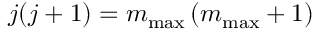
j ( j + 1 ) = m _ { \mathrm { m a x } } \left( m _ { \mathrm { m a x } } + 1 \right)